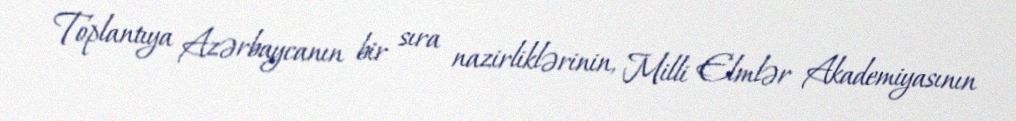
Toplantıya Azərbaycanın bir sıra nazirliklərinin, Milli Elmlər Akademiyasının